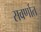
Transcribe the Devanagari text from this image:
सवर्णात